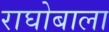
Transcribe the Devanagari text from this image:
राघोबाला